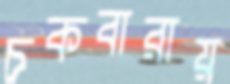
চকবারায়